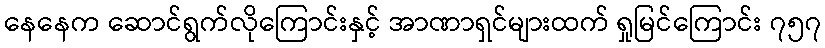
နေနေက ဆောင်ရွက်လိုကြောင်းနှင့် အာဏာရှင်များထက် ရှုမြင်ကြောင်း ၇၅၇